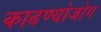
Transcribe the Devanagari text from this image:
काढण्योजोग